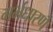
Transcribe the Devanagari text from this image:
गर्भधारणे